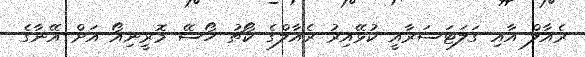
ރެއާލް އާއި ގަލަޓަސަރާއީ ކުޅޭއިރު ރެއާލްގެ ކޯޗު ހޯސޭ މޮރީނިއޯ އަށް އޭނާގެ